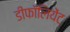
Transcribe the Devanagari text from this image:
डीफॉलियेंट